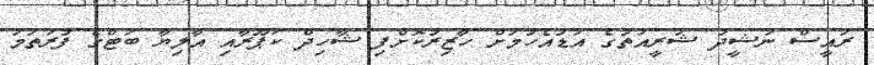
ރައީސް ނަޝީދު ޝަރީއަތުގެ އަޑުއެހުމަށް ހާޒިރުކޮށްފި ޝާހިދް ކަޕޫރާއި އާލިޔާ ބަޓްގެ ފުރަތަމަ